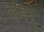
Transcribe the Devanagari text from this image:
लाड्नूं